Annual report on the working of the lock hospitals in the Central Provinces
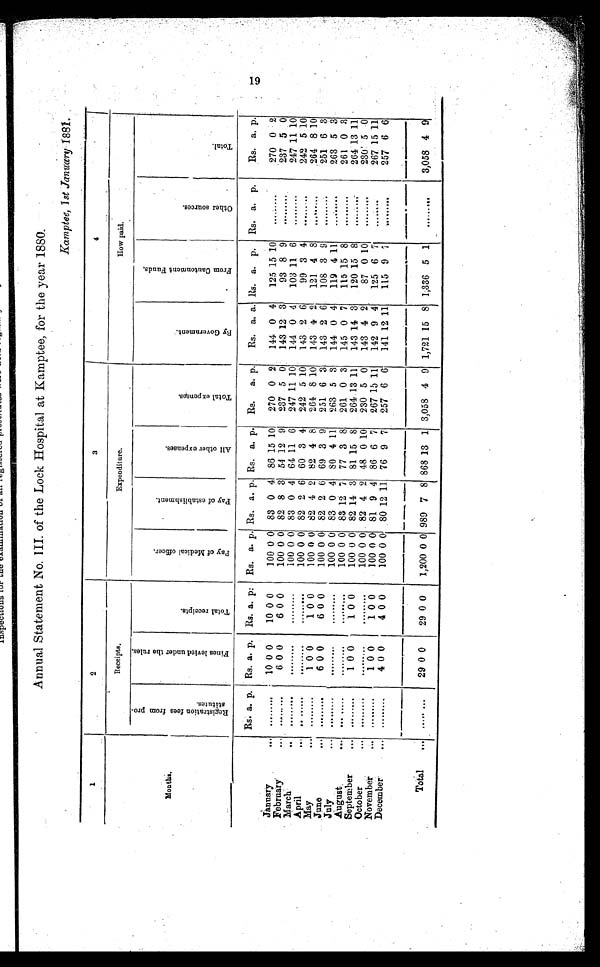
Annual Statement No. III. of the Lock Hospital at Kamptee, for the year 1880.
Kamptee, 1st January 1881.
1
2
3
4
Receipts.
Expenditure.
How paid.
m o n t h s .
Rs. a p. Rs. a. p. Rs. a. p: Rs. a. p. Rs. a. p. Rs. a. p. Rs. a. p. Rs. a. a. Rs. a. p. Rs. a. p.
Rs. a. p.
January
...
. . . . . . . . . 10 0 0
10 0 0
100 0 0 83 0 4 86 15 10 270 0 2 144 0 4 125 15 10
. . . . . . . . . 270 0 2
February
.
..
. . . . . . . . . 6 0 0
6 0 0
100 0 0 82 8 3 54 12 9 237 5 0 143 12 3
93 8 9
. . . . . . . . . 237 5 0
March
••
. . . . . . . . .
. . . . . .
...... . . .
... 100 0 0 83 0 4 64 11 6 247 11 10 144 0 4 103 11 6
. . . . . . . . . 247 11 10
April
. . .
. . .
... . . .
. . . . . .
...... . . .
... 100 0 0 82 2 6 60 3 4 242 5 10 143 2 6
99 3 4
. . . . . . . . . 242 5 10
May
.
..
. . . . . . . . . 1 0 0
1 0 0
100 0 0 82 4 2 82 4 8 264 8 10 143 4 2 121 4 8
. . . . . . . . . 264 8 10
June
.
..
. . . . . . . . .
6 0 0
6 0 0
100 0 0 82 2 6 69 3 9 251 6 3 143 2 6 108 3 9
. . . . . . . . . 251 6 3
July ...
. . . . . . . . .
. . . . . .
...... . . .
... 100 0 0 83 0 4 80 4 11 263 5 3 144 0 4 119 4 11
. . . . . . . . . 263 5 3
August
. . .
. . . . . . . . .
. . . . . .
...... . . .
... 100 0 0 83 12 7 77 3 8 261 0 3 145 0 7 115 15 8
. . . . . . . . . 261 0 3
September
.
..
. . . . . . . . .
1 0 0
1 0 0
100 0 0 82 14 3 81 15 8 264 1 3
11 143 14 3 120 15 8
. . . . . . . . . 264 1 3 11
October
.
..
. . . . . . . . .
. . . . . .
...... . . .
... 100 0 0 82 4 2 48 0 10 230 5 0 143 4 2
87 0 10
. . . . . . . . . 230 5 0
November
.
..
. . . . . . . . .
1 0 0
1
0 0
100 0 0 81 9 4 86 6 7 267 15 11 142 9 4 125 6 7
. . . . . . . . . 267 15 11
December
.
..
. . . . . . . . .
4 0 0
4 0 0
100 0 0 80 12 11 76 9 7 257 6 6 141 12 11 115 9 7
. . . . . . . . . 257 6 6
Total
. . .
. . . . . . . . .
29 0 0
29 0 0 1,200 0 0 989 7 8 868 13 1 3,058 4 9 1,721 15 8 1,336 5 1
. . . . . . . . . 3,058 4 9
19